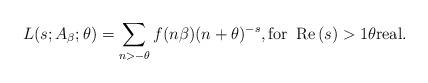
LaTeX: \begin{align*}L(s;A_{\beta};\theta)=\sum\limits_{n>-\theta}f(n\beta)(n+\theta)^{-s},\text{for }\operatorname{Re}\left( s\right) >1\theta\text{real.}\end{align*}